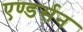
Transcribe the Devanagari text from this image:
एण्डर्सन